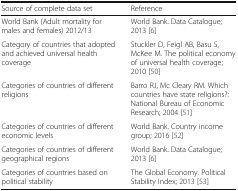
<table><thead><tr><td><b>Source of complete data set</b></td><td><b>Reference</b></td></tr></thead><tbody><tr><td>World Bank (Adult mortality for males and females) 2012/13</td><td>World Bank. Data Catalogue; 2013 [6]</td></tr><tr><td>Category of countries that adopted and achieved universal health coverage</td><td>Stuckler D, Feigl AB, Basu S, McKee M. The political economy of universal health coverage; 2010 [50]</td></tr><tr><td>Categories of countries of different religions</td><td>Barro RJ, Mc Cleary RM. Which countries have state religions?: National Bureau of Economic Research; 2004 [51]</td></tr><tr><td>Categories of countries of different economic levels</td><td>World Bank. Country income group; 2016 [52]</td></tr><tr><td>Categories of countries of different geographical regions</td><td>World Bank. Data Catalogue; 2013 [6]</td></tr><tr><td>Categories of countries based on political stability</td><td>The Global Economy. Political Stability Index; 2013 [53]</td></tr></tbody></table>